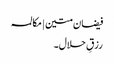
فیضان متین | مکالمہ
رزقِ حلال۔